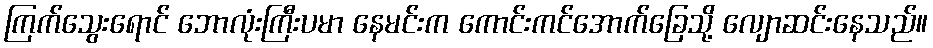
ကြက်သွေးရောင် ဘောလုံးကြီးပမာ နေမင်းက ကောင်းကင်အောက်ခြေသို့ လျောဆင်းနေသည်။